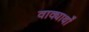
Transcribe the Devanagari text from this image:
वाक्यार्थों